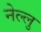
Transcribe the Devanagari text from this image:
नेल्लु